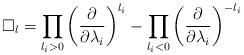
LaTeX: \begin{align*}\Box_l = \prod_{l_i>0}\bigg(\frac{\partial}{\partial\lambda_i}\bigg)^{l_i} - \prod_{l_i<0}\bigg(\frac{\partial}{\partial \lambda_i}\bigg)^{-l_i}\quad\end{align*}